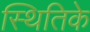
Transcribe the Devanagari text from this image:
स्थितिके